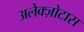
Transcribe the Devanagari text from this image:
अलेक्ज़ोटास